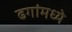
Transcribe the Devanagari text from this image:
ढगांमध्ये